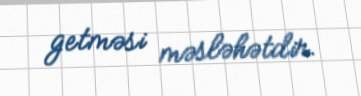
getməsi məsləhətdir.